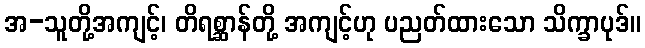
အ-သူတို့အကျင့်၊ တိရစ္ဆာန်တို့ အကျင့်ဟု ပညတ်ထားသော သိက္ခာပုဒ်။